Scientific memoirs by medical officers of the Army of India - Part X,
Year: 1897
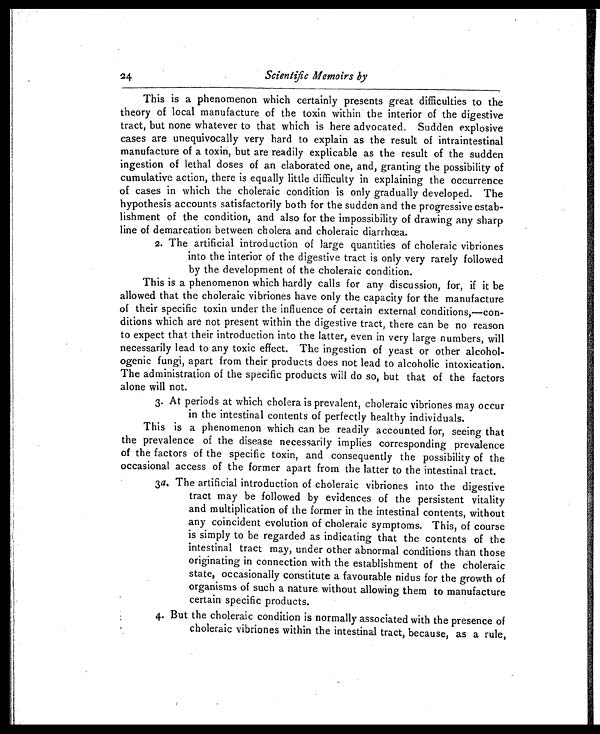
24
Scientific Memoirs by
This is a phenomenon which certainly presents great difficulties to the
theory of local manufacture of the toxin within the interior of the digestive
tract, but none whatever to that which is here advocated. Sudden explosive
cases are unequivocally very hard to explain as the result of intraintestinal
manufacture of a toxin, but are readily explicable as the result of the sudden
-ingestion of lethal doses of an elaborated one, and, granting the possibility of
cumulative action, there is equally little difficulty in explaining the occurrence
of cases in which the choleraic condition is only gradually developed. The
hypothesis accounts satisfactorily both for the sudden and the progressive estab-
lishment of the condition, and also for the impossibility of drawing any sharp
line of demarcation between cholera and choleraic diarrhœa.
2. The artificial introduction of large quantities of choleraic vibriones
into the interior of the digestive tract is only very rarely followed
by the development of the choleraic condition.
This is a phenomenon which hardly calls for any discussion, for, if it be
allowed that the choleraic vibriones have only the capacity for the manufacture
of their specific toxin under the influence of certain external conditions,—con-
ditions which are not present within the digestive tract, there can be no reason
to expect that their introduction into the latter, even in very large numbers, will
necessarily lead to any toxic effect. The ingestion of yeast or other alcohol-
ogenic fungi, apart from their products does not lead to alcoholic intoxication.
The administration of the specific products will do so, but that of the factors
alone will not.
3. At periods at which cholera is prevalent, choleraic vibriones may occur
in the intestinal contents of perfectly healthy individuals.
This is a phenomenon which can be readily accounted for, seeing that
the prevalence of the disease necessarily implies corresponding prevalence
of the factors of the specific toxin, and consequently the possibility of the
occasional access of the former apart from the latter to the intestinal tract.
3a. The artificial introduction of choleraic vibriones into the digestive
tract may be followed by evidences of the persistent vitality
and multiplication of the former in the intestinal contents, without
any coincident evolution of choleraic symptoms. This, of course
is simply to be regarded as indicating that the contents of the
intestinal tract may, under other abnormal conditions than those
originating in connection with the establishment of the choleraic
state, occasionally constitute a favourable nidus for the growth of
organisms of such a nature without allowing them to manufacture
certain specific products.
4. But the choleraic condition is normally associated with the presence of
choleraic vibriones within the intestinal tract, because, as a rule,